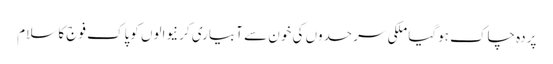
پردہ چاک ہوگیا ملکی سرحدوں کی خون سے آبیاری کرنیوالوں کوپاک فوج کا سلام